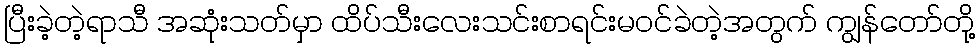
ပြီးခဲ့တဲ့ရာသီ အဆုံးသတ်မှာ ထိပ်သီးလေးသင်းစာရင်းမ၀င်ခဲတဲ့အတွက် ကျွန်တော်တို့